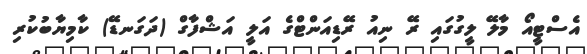
އެސްޓީއޯ މާލޭ ލީގުގައި ރޭ ނިއު ރޭޑިއަންޓްގެ އަލީ އަޝްފާގް (ދަގަނޑޭ) ކާމިޔާބުކުރި